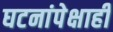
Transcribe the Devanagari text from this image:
घटनांपेक्षाही